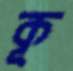
কূ